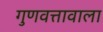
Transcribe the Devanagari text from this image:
गुणवत्तावाला